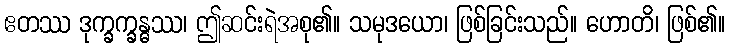
ဧတဿ ဒုက္ခက္ခန္ဓဿ၊ ဤဆင်းရဲအစု၏။ သမုဒယော၊ ဖြစ်ခြင်းသည်။ ဟောတိ၊ ဖြစ်၏။